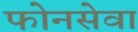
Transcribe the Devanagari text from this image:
फोनसेवा